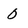
Character: 0